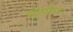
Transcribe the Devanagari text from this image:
आद्यसंत